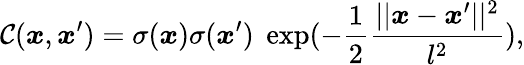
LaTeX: \mathcal{C}(\boldsymbol{x},\boldsymbol{x}^{\prime})=\sigma(\boldsymbol{x})\sigma(\boldsymbol{x}^{\prime})\; \exp({-\frac 12\frac{||\boldsymbol{x}-\boldsymbol{x}^{\prime}||^{2}}{l^{2}}}),